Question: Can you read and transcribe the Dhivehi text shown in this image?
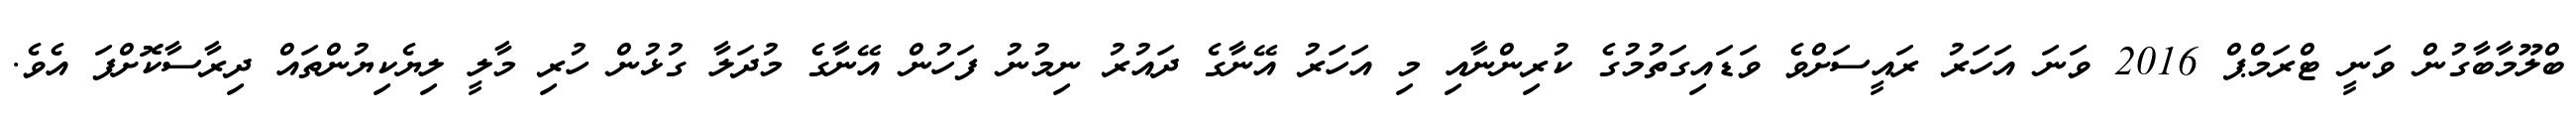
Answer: ބްލޫމާބާގުން ވަނީ ޓްރަމްޕް 2016 ވަނަ އަހަރު ރައީސަށްވެ ވަޑައިގަތުމުގެ ކުރިންނާއި މި އަހަރު އޭނާގެ ދައުރު ނިމުނު ފަހުން އޭނާގެ މުދަލާ ގުޅުން ހުރި މާލީ ލިޔެކިޔުންތައް ދިރާސާކޮށްފަ އެވެ.